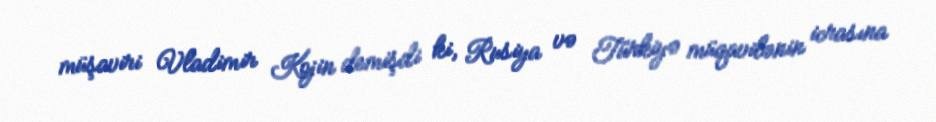
müşaviri Vladimir Kojin demişdi ki, Rusiya və Türkiyə müqavilənin icrasına